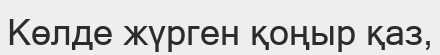
Көлде жүрген қоңыр қаз,